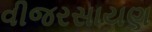
વીજરસાયણ